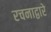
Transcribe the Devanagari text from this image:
रचनाद्वारे